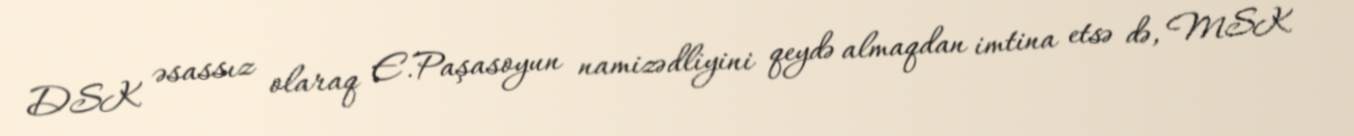
DSK əsassız olaraq E.Paşasoyun namizədliyini qeydə almaqdan imtina etsə də, MSK